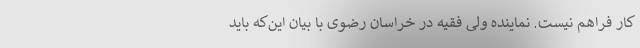
کار فراهم نیست. نماینده ولی فقیه در خراسان رضوی با بیان این‌که باید